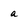
Character: a